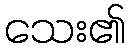
သေး၏